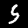
Label: 5